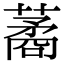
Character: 𦺖